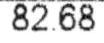
82.68